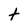
Character: t